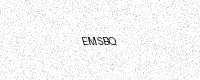
Text: EMSBQ